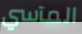
المآسي